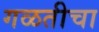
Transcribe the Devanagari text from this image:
गळतीचा